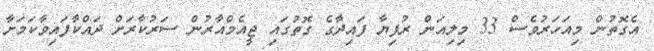
އެގޮތުން މިއަހަރުވެސް 33 މިލިއަން ރުފިޔާ ފައިދާގެ ގޮތުގައި ޖީއެމްއާރުން ސަރުކާރަށް ދައްކާފައިވާކަމަށާ